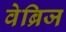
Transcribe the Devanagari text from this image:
वेब्रिज